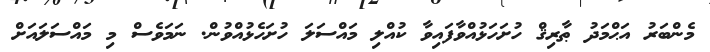
މެންބަރު އަޙްމަދު ޠާރިޤް ހުށަހަޅުއްވާފައިވާ ކުއްލި މައްސަލަ ހުށަހެޅުއްވުން. ނަމަވެސް މި މައްސަލައަށް